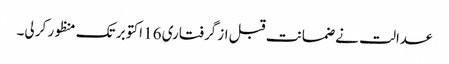
عدالت نے ضمانت قبل از گرفتاری 16 اکتوبر تک منظور کر لی۔